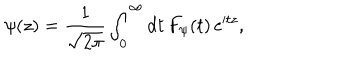
\psi ( z ) = { \frac { 1 } { \sqrt { 2 \pi } } } \int _ { 0 } ^ { \infty } \mathrm { d } t \, F _ { \psi } ( t ) \, \mathrm { e } ^ { \mathrm { i } t z } ,